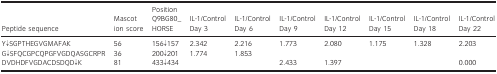
<table><thead><tr><td><b>Peptide sequence</b></td><td><b>Mascot ion score</b></td><td><b>Position Q9BG80_HORSE</b></td><td><b>IL‐1/Control Day 3</b></td><td><b>IL‐1/Control Day 6</b></td><td><b>IL‐1/Control Day 9</b></td><td><b>IL‐1/Control Day 12</b></td><td><b>IL‐1/Control Day 15</b></td><td><b>IL‐1/Control Day 18</b></td><td><b>IL‐1/Control Day 22</b></td></tr></thead><tbody><tr><td>Y↓SGPTHEGVGMAFAK</td><td>56</td><td>156↓157</td><td>2.342</td><td>2.216</td><td>1.773</td><td>2.080</td><td>1.175</td><td>1.328</td><td>2.203</td></tr><tr><td>G↓SFQCGPCQPGFVGDQASGCRPR</td><td>36</td><td>200↓201</td><td>1.774</td><td>1.853</td><td></td><td></td><td></td><td></td><td></td></tr><tr><td>DVDHDFVGDACDSDQD↓K</td><td>81</td><td>433↓434</td><td></td><td></td><td>2.433</td><td>1.397</td><td></td><td></td><td>0.000</td></tr></tbody></table>